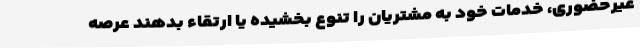
غیرحضوری، خدمات خود به مشتریان را تنوع بخشیده یا ارتقاء بدهند عرصه